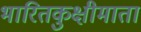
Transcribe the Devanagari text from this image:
भारितकुक्षीमाता